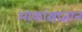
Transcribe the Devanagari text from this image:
आकांक्षाज्ञान